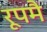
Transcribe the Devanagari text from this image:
रूपमै